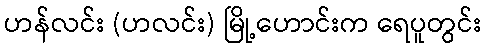
ဟန်လင်း (ဟလင်း) မြို့ဟောင်းက ရေပူတွင်း